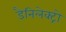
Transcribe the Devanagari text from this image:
डैनिलेक्ट्रो